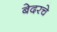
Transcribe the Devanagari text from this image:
बेदरचे